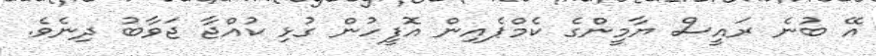
އޭ ބުނެ ރައީސް ޔާމީންގެ ކެމްޕެއިން އޮފީހުން ގުޅި ކުއްޖާ ޖަވާބު ދިނެވެ.